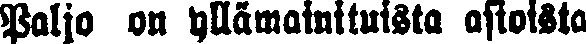
Paljo on yllämainituista asioista